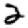
Digit: 2